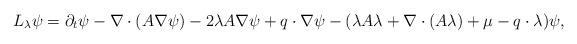
LaTeX: \begin{align*} L_{\lambda} \psi = \partial_{t}\psi - \nabla\cdot (A\nabla \psi) -2\lambda A \nabla \psi+q\cdot\nabla\psi-(\lambda A\lambda+\nabla\cdot(A\lambda)+\mu-q\cdot\lambda)\psi,\end{align*}